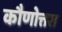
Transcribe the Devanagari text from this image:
कौणोत्तरा